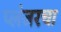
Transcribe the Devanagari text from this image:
प्लंजरचा